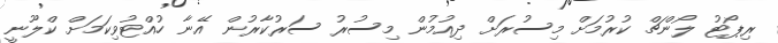
ރިޕޯޓު ލޯންޗް ކުރުމަށް މިސުރަށް ދިއުމުން މިސުރު ސަރުކާރުން އޭނާ ހުއްޓުވިކަމަށް ކްލޫނީ